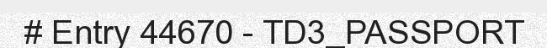
# Entry 44670 - TD3_PASSPORT